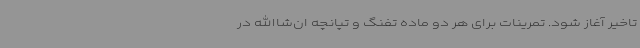
تاخیر آغاز شود. تمرینات برای هر دو ماده تفنگ و تپانچه ان‌شاالله در